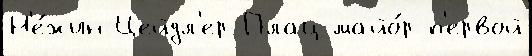
Н'е́жин Цейдл'ер Плац-майо́р п'ервой